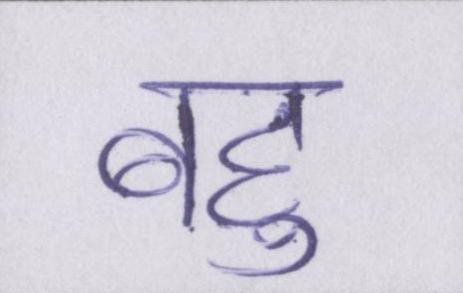
बहु